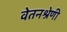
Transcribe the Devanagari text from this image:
वेतनश्रेणी